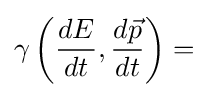
\gamma \left({\frac {dE}{dt}},{\frac {d{\vec {p}}}{dt}}\right)=